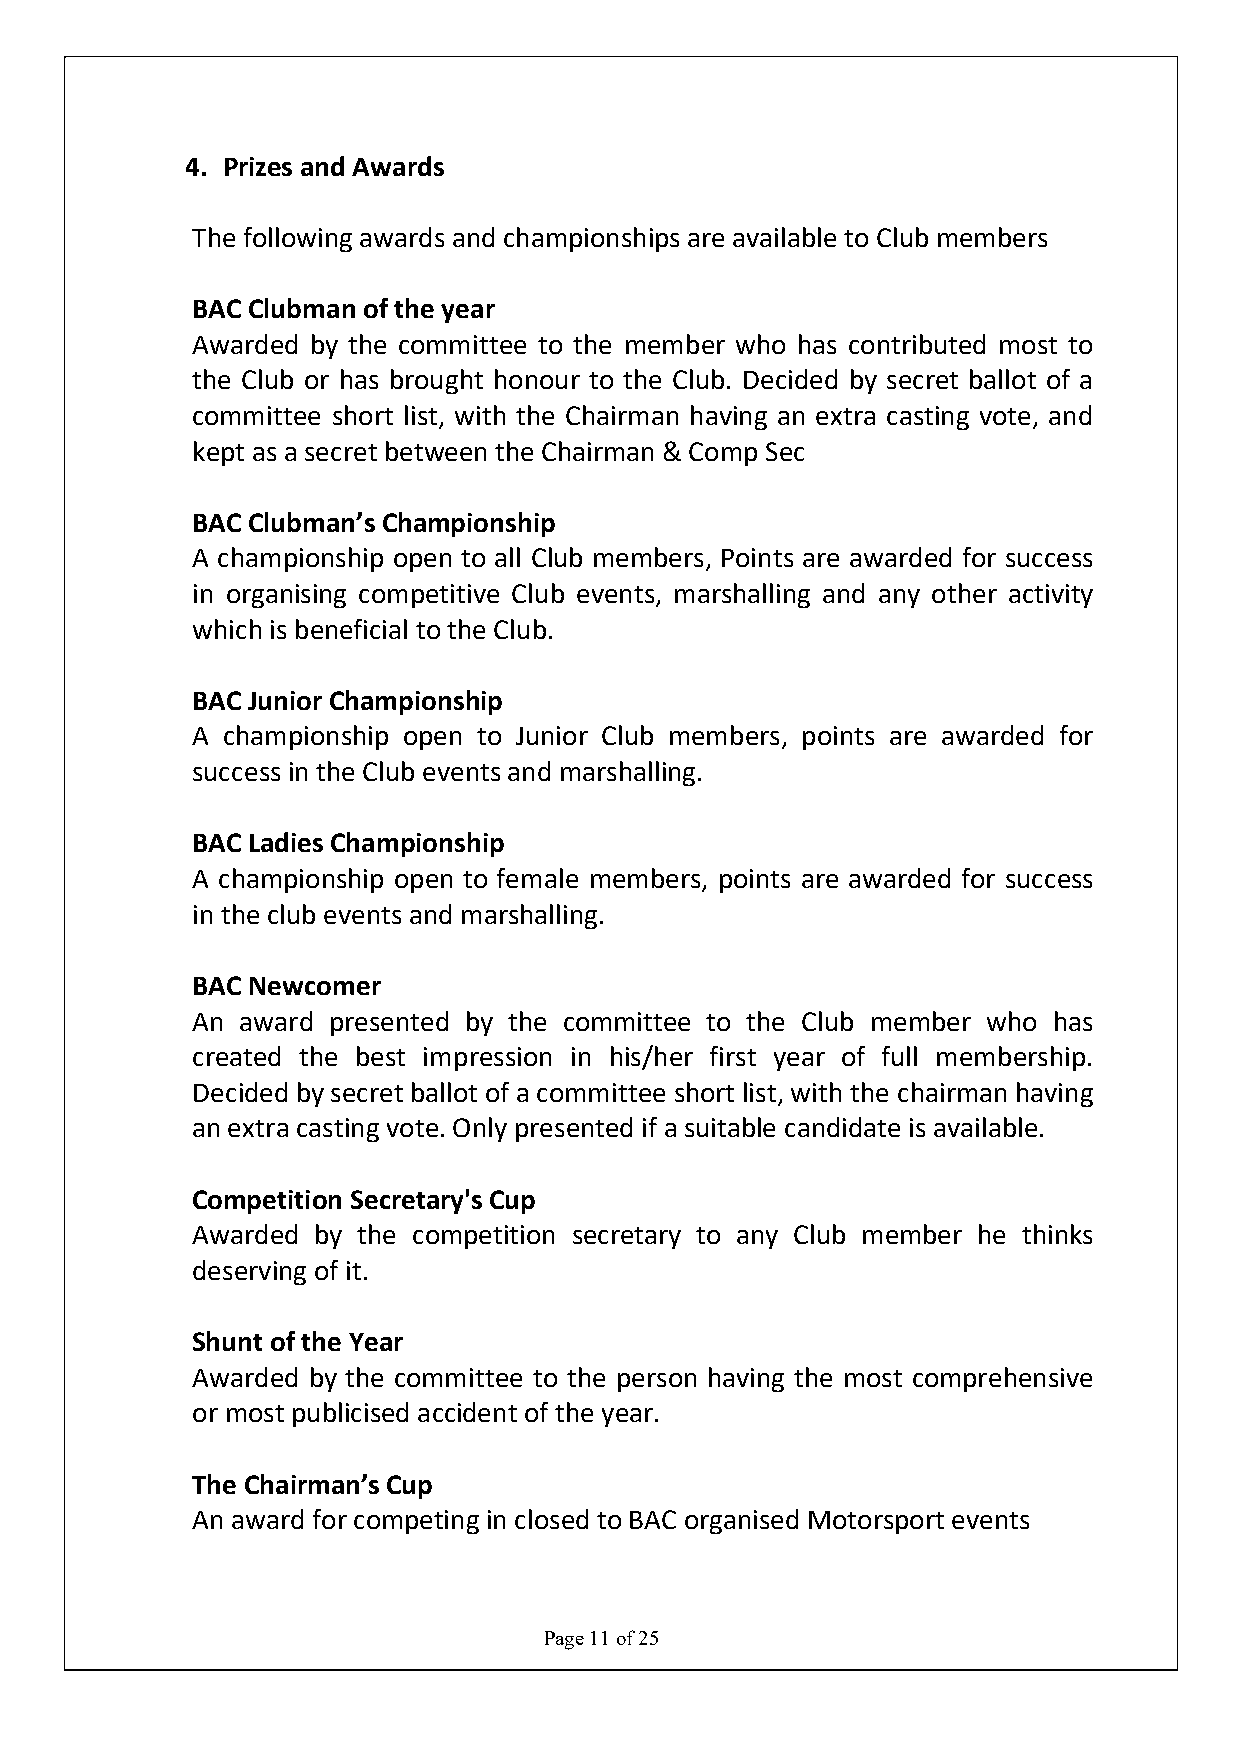
4. Prizes and Awards
 The following awards and championships are available to Club members
 BAC Clubman of the year
 Awarded by the committee to the member who has contributed most to
 the Club or has brought honour to the Club. Decided by secret ballot of a
 committee short list, with the Chairman having an extra casting vote, and
 kept as a secret between the Chairman & Comp Sec
 BAC Clubman’s Championship
 A championship open to all Club members, Points are awarded for success
 in organising competitive Club events, marshalling and any other activity
 which is beneficial to the Club.
 BAC Junior Championship
 A championship open to Junior Club members, points are awarded for
 success in the Club events and marshalling.
 BAC Ladies Championship
 A championship open to female members, points are awarded for success
 in the club events and marshalling.
 BAC Newcomer
 An award presented by the committee to the Club member who has
 created the best impression in his/her first year of full membership.
 Decided by secret ballot of a committee short list, with the chairman having
 an extra casting vote. Only presented if a suitable candidate is available.
 Competition Secretary's Cup
 Awarded by the competition secretary to any Club member he thinks
 deserving of it.
 Shunt of the Year
 Awarded by the committee to the person having the most comprehensive
 or most publicised accident of the year.
 The Chairman’s Cup
 An award for competing in closed to BAC organised Motorsport events
 Page 11 of 25